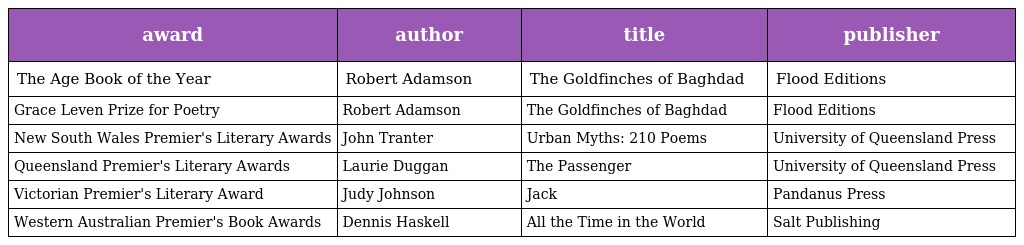
| award | author | title | publisher |
 | --- | --- | --- | --- |
 | The Age Book of the Year | Robert Adamson | The Goldfinches of Baghdad | Flood Editions |
 | Grace Leven Prize for Poetry | Robert Adamson | The Goldfinches of Baghdad | Flood Editions |
 | New South Wales Premier's Literary Awards | John Tranter | Urban Myths: 210 Poems | University of Queensland Press |
 | Queensland Premier's Literary Awards | Laurie Duggan | The Passenger | University of Queensland Press |
 | Victorian Premier's Literary Award | Judy Johnson | Jack | Pandanus Press |
 | Western Australian Premier's Book Awards | Dennis Haskell | All the Time in the World | Salt Publishing |